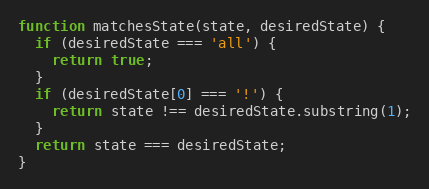
Language: JavaScript
function matchesState(state, desiredState) {
  if (desiredState === 'all') {
    return true;
  }
  if (desiredState[0] === '!') {
    return state !== desiredState.substring(1);
  }
  return state === desiredState;
}